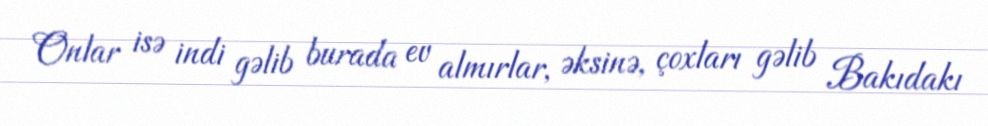
Onlar isə indi gəlib burada ev almırlar, əksinə, çoxları gəlib Bakıdakı